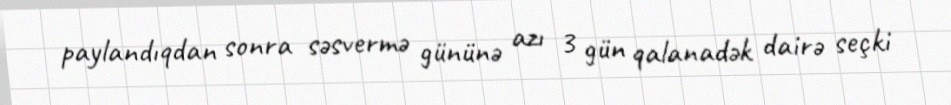
paylandıqdan sonra səsvermə gününə azı 3 gün qalanadək dairə seçki